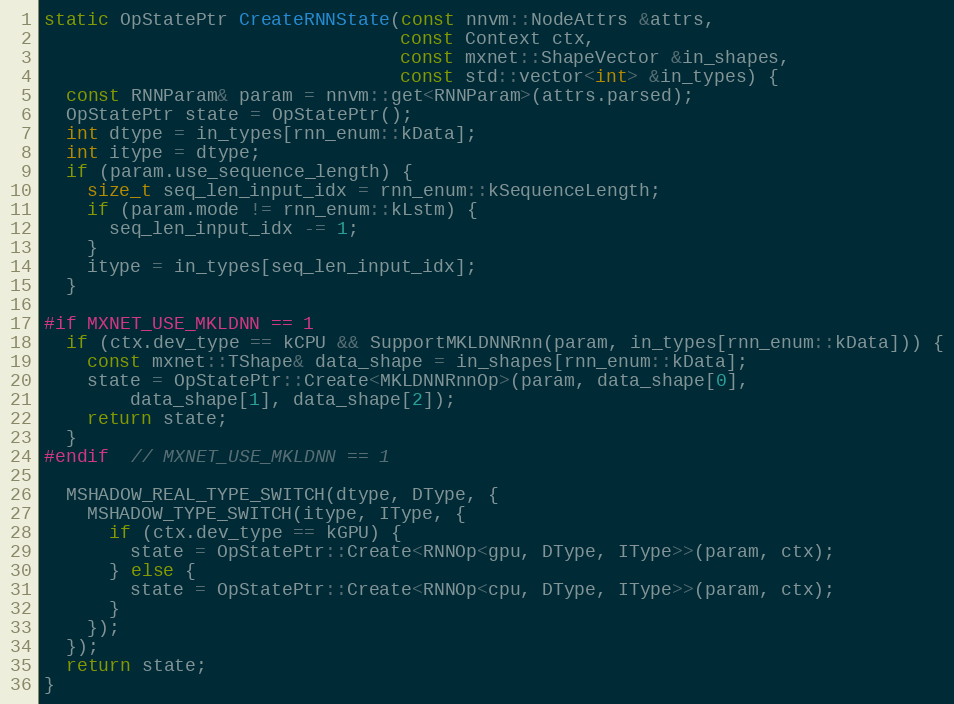
Language: C++
static OpStatePtr CreateRNNState(const nnvm::NodeAttrs &attrs,
                                 const Context ctx,
                                 const mxnet::ShapeVector &in_shapes,
                                 const std::vector<int> &in_types) {
  const RNNParam& param = nnvm::get<RNNParam>(attrs.parsed);
  OpStatePtr state = OpStatePtr();
  int dtype = in_types[rnn_enum::kData];
  int itype = dtype;
  if (param.use_sequence_length) {
    size_t seq_len_input_idx = rnn_enum::kSequenceLength;
    if (param.mode != rnn_enum::kLstm) {
      seq_len_input_idx -= 1;
    }
    itype = in_types[seq_len_input_idx];
  }

#if MXNET_USE_MKLDNN == 1
  if (ctx.dev_type == kCPU && SupportMKLDNNRnn(param, in_types[rnn_enum::kData])) {
    const mxnet::TShape& data_shape = in_shapes[rnn_enum::kData];
    state = OpStatePtr::Create<MKLDNNRnnOp>(param, data_shape[0],
        data_shape[1], data_shape[2]);
    return state;
  }
#endif  // MXNET_USE_MKLDNN == 1

  MSHADOW_REAL_TYPE_SWITCH(dtype, DType, {
    MSHADOW_TYPE_SWITCH(itype, IType, {
      if (ctx.dev_type == kGPU) {
        state = OpStatePtr::Create<RNNOp<gpu, DType, IType>>(param, ctx);
      } else {
        state = OpStatePtr::Create<RNNOp<cpu, DType, IType>>(param, ctx);
      }
    });
  });
  return state;
}